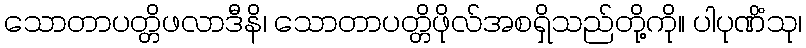
သောတာပတ္တိဖလာဒီနိ၊ သောတာပတ္တိဖိုလ်အစရှိသည်တို့ကို။ ပါပုဏိံသု၊